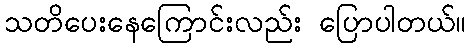
သတိပေးနေကြောင်းလည်း ပြောပါတယ်။